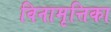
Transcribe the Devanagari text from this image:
विनामृत्तिका